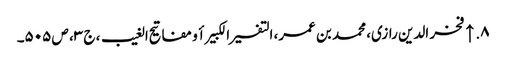
۸. ↑ فخر الدین رازی، محمد بن عمر، التفسیر الکبیر أو مفاتیح الغیب، ج ۳، ص ۵۰۵۔